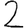
Digit: 2